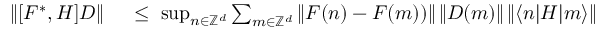
\begin{array} { r l } { \| [ F ^ { * } , H ] D \| } & { { } \; \leq \; \operatorname* { s u p } _ { n \in { \mathbb Z } ^ { d } } \sum _ { m \in { \mathbb Z } ^ { d } } \| F ( n ) - F ( m ) ) \| \, \| D ( m ) \| \, \| \langle n | H | m \rangle \| } \end{array}